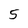
Character: 5